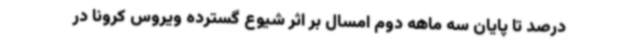
درصد تا پایان سه ماهه دوم امسال بر اثر شیوع گسترده ویروس کرونا در